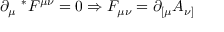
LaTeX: \partial _ { \mu } { ~ } ^ { * } F ^ { \mu \nu } = 0 \Rightarrow F _ { \mu \nu } = \partial _ { [ \mu } A _ { \nu ] }